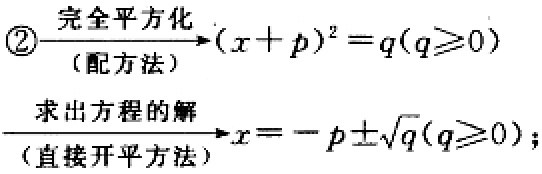
\(

\begin{align*}

&\xrightarrow[\text{(配方法)}]{\text{完全平方化}}(x + p)^2 = q(q\geq0)\\

&\xrightarrow[\text{(直接开平方法)}]{\text{求出方程的解}}x=-p\pm\sqrt{q}(q\geq0);

\end{align*}

\)